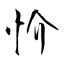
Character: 忦